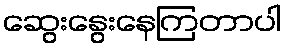
ဆွေးနွေးနေကြတာပါ